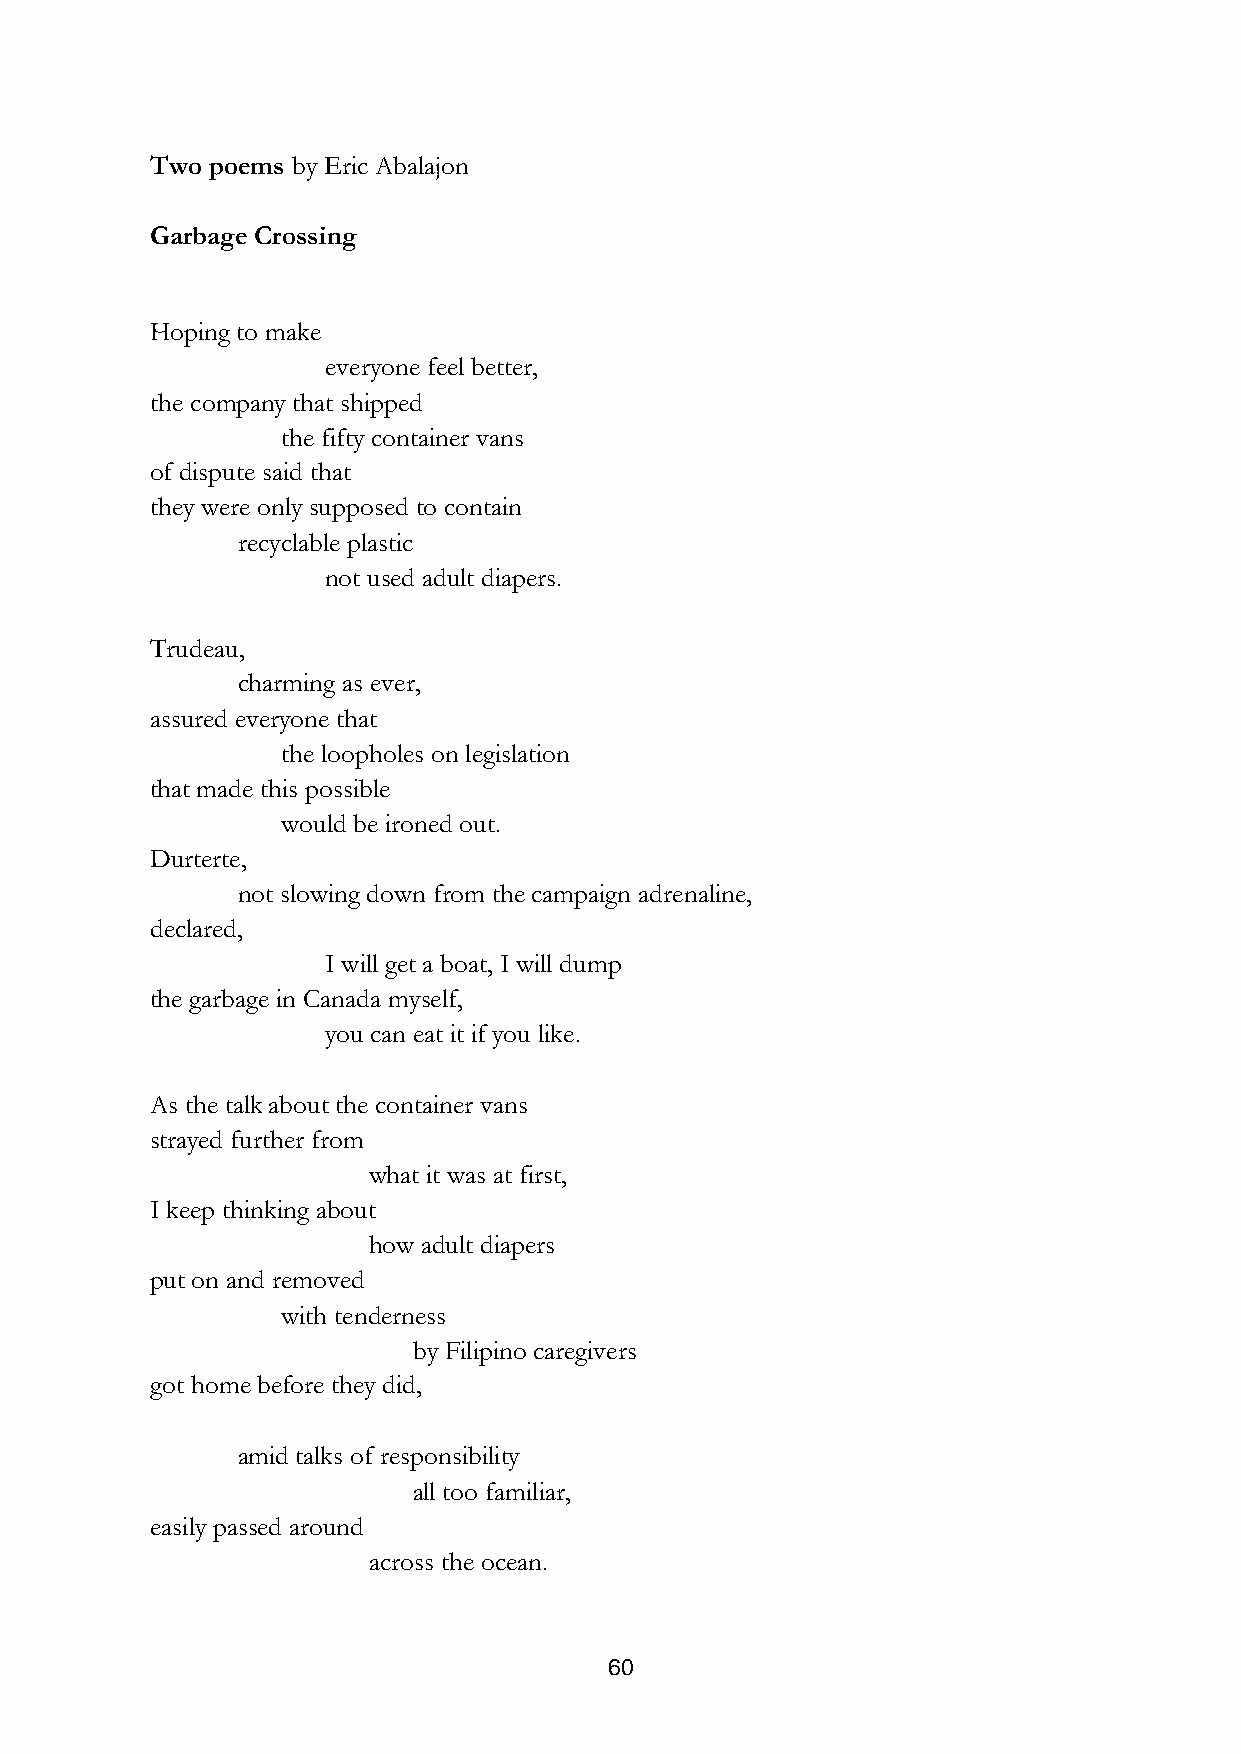
Two poems by Eric Abalajon
 Garbage Crossing
 Hoping to make
 everyone feel better,
 the company that shipped
 the fifty container vans
 of dispute said that
 they were only supposed to contain
 recyclable plastic
 not used adult diapers.
 Trudeau,
 charming as ever,
 assured everyone that
 the loopholes on legislation
 that made this possible
 would be ironed out.
 Durterte,
 not slowing down from the campaign adrenaline,
 declared,
 I will get a boat, I will dump
 the garbage in Canada myself,
 you can eat it if you like.
 As the talk about the container vans
 strayed further from
 what it was at first,
 I keep thinking about
 how adult diapers
 put on and removed
 with tenderness
 by Filipino caregivers
 got home before they did,
 amid talks of responsibility
 all too familiar,
 easily passed around
 across the ocean.
 60